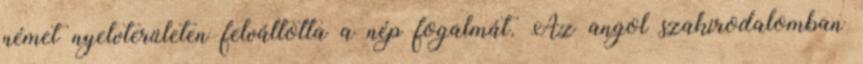
német nyelvterületen felváltotta a nép fogalmát. Az angol szakirodalomban